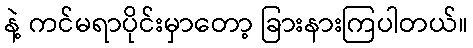
နဲ့ ကင်မရာပိုင်းမှာတော့ ခြားနားကြပါတယ်။